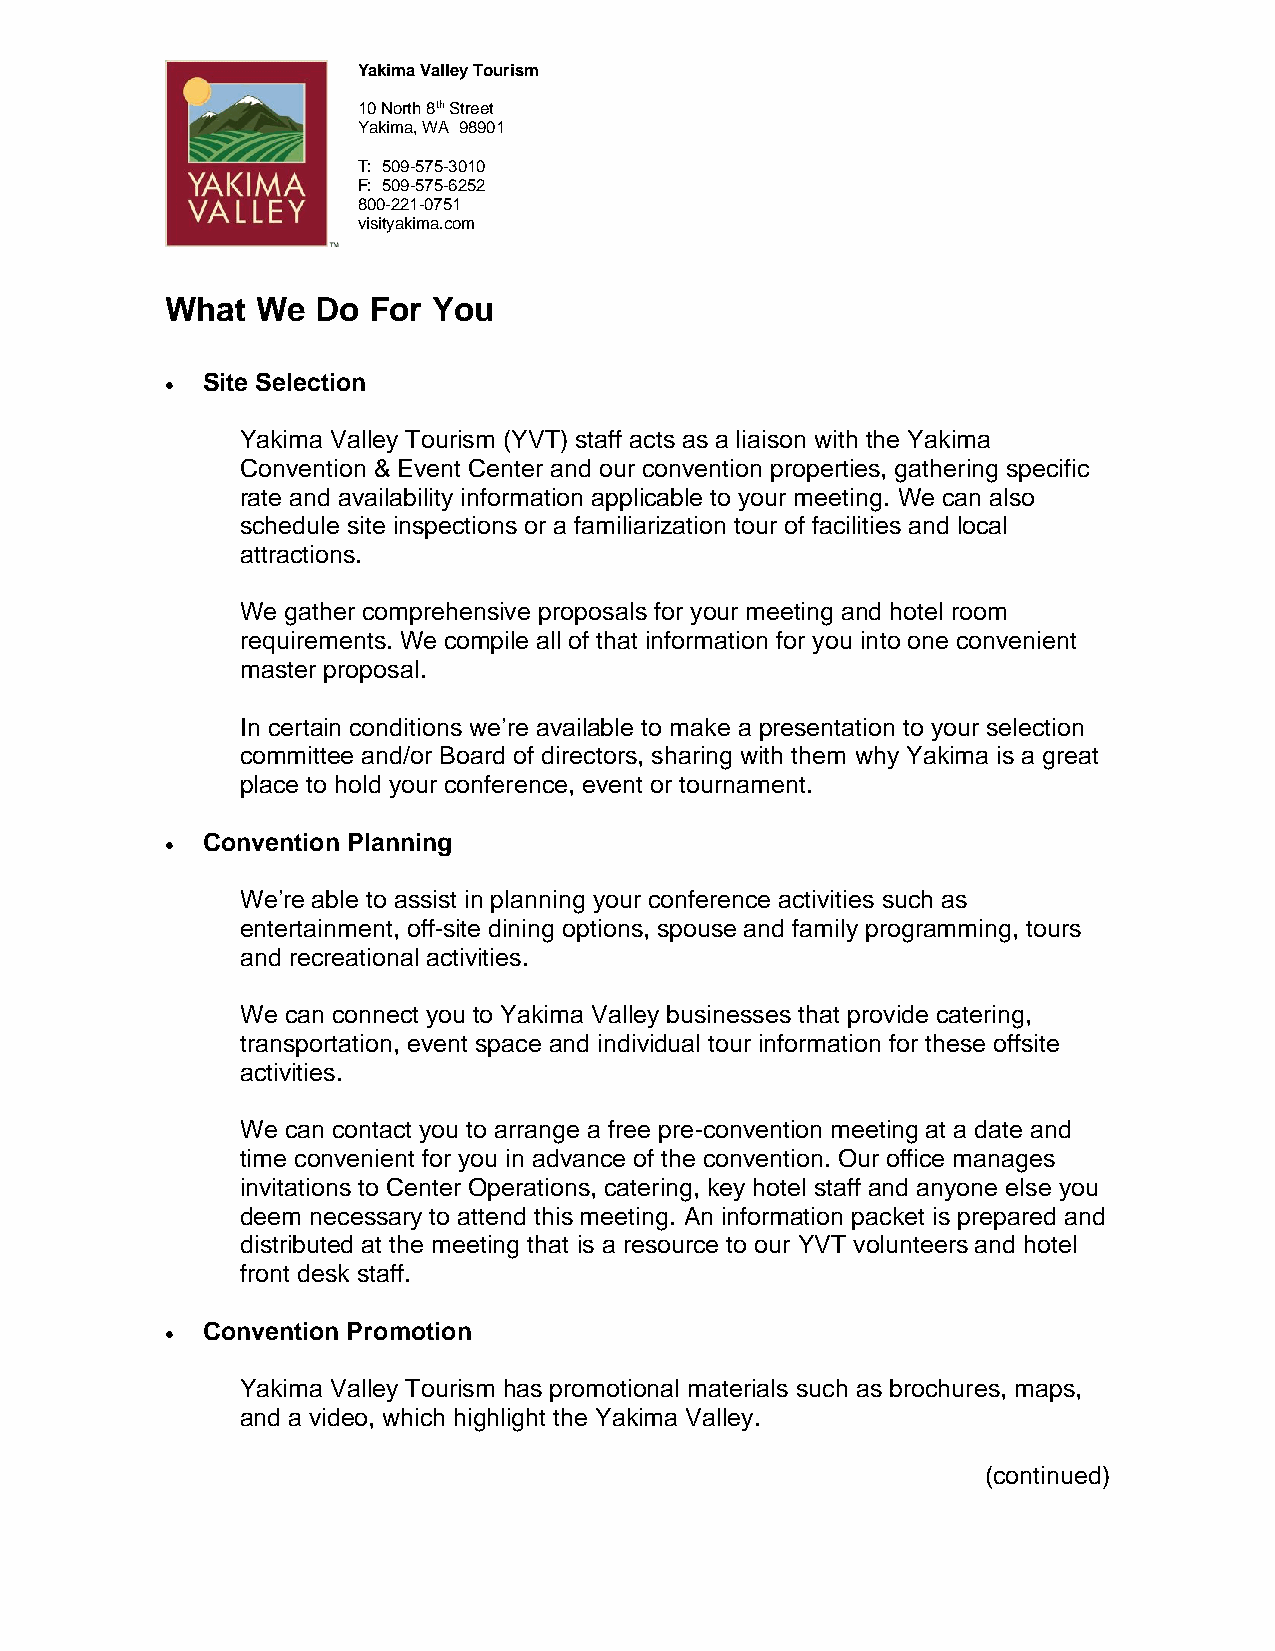
Yakima Valley Tourism
 10 North 8th Street
 Yakima, WA 98901
 T: 509-575-3010
 F: 509-575-6252
 800-221-0751
 visityakima.com
 What  We  Do For  You
 • Site Selection
 Yakima Valley Tourism (YVT) staff acts as a liaison with the Yakima
 Convention & Event Center and our convention properties, gathering specific
 rate and availability information applicable to your meeting. We can also
 schedule site inspections or a familiarization tour of facilities and local
 attractions.
 We gather comprehensive proposals for your meeting and hotel room
 requirements. We compile all of that information for you into one convenient
 master proposal.
 In certain conditions we’re available to make a presentation to your selection
 committee and/or Board of directors, sharing with them why Yakima is a great
 place to hold your conference, event or tournament.
 • Convention Planning
 We’re able to assist in planning your conference activities such as
 entertainment, off-site dining options, spouse and family programming, tours
 and recreational activities.
 We can connect you to Yakima Valley businesses that provide catering,
 transportation, event space and individual tour information for these offsite
 activities.
 We can contact you to arrange a free pre-convention meeting at a date and
 time convenient for you in advance of the convention. Our office manages
 invitations to Center Operations, catering, key hotel staff and anyone else you
 deem necessary to attend this meeting. An information packet is prepared and
 distributed at the meeting that is a resource to our YVT volunteers and hotel
 front desk staff.
 • Convention Promotion
 Yakima Valley Tourism has promotional materials such as brochures, maps,
 and a video, which highlight the Yakima Valley.
 (continued)